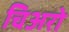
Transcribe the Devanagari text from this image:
चिअरो